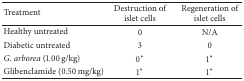
<table><thead><tr><td><b>Treatment</b></td><td><b>Destruction of islet cells</b></td><td><b>Regeneration of islet cells</b></td></tr></thead><tbody><tr><td>Healthy untreated </td><td>0</td><td>N/A</td></tr><tr><td>Diabetic untreated </td><td>3</td><td>0</td></tr><tr><td><i>G. arborea</i> (1.00 g/kg)</td><td>0<sup><i>∗</i></sup></td><td>1<sup><i>∗</i></sup></td></tr><tr><td>Glibenclamide (0.50 mg/kg)</td><td>1<sup><i>∗</i></sup></td><td>1<sup><i>∗</i></sup></td></tr></tbody></table>